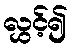
လွှင့်၍